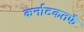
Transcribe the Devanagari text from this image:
कर्नाटकतर्फे